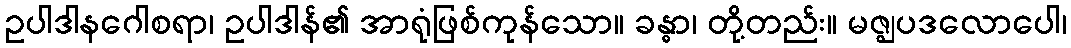
ဥပါဒါနဂေါစရာ၊ ဥပါဒါန်၏ အာရုံဖြစ်ကုန်သော။ ခန္ဓာ၊ တို့တည်း။ မဇ္ဈပဒလောပေါ၊